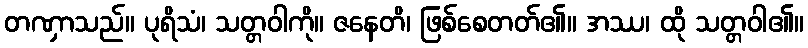
တဏှာသည်။ ပုရိသံ၊ သတ္တဝါကို။ ဇနေတိ၊ ဖြစ်စေတတ်၏။ အဿ၊ ထို သတ္တဝါ၏။